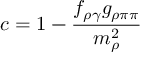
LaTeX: c = \displaystyle 1 - \frac { f _ { \rho \gamma } g _ { \rho \pi \pi } } { m _ { \rho } ^ { 2 } }